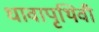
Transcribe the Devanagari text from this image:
धावापृथिवी